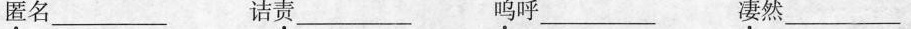
匿名_________诘责_________呜呼_________凄然_________